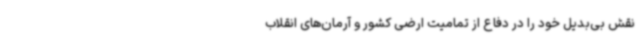
نقش بی‌بدیل خود را در دفاع از تمامیت ارضی کشور و آرمان‌های انقلاب